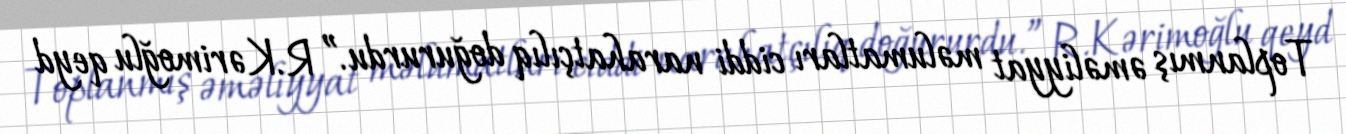
Toplanmış əməliyyat məlumatları ciddi narahatçılıq doğururdu.” R.Kərimoğlu qeyd